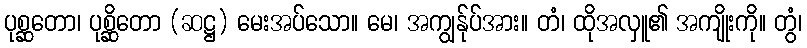
ပုစ္ဆတော၊ ပုစ္ဆိတော (ဆဋ္ဌ) မေးအပ်သော။ မေ၊ အကျွန်ုပ်အား။ တံ၊ ထိုအလှူ၏ အကျိုးကို။ တွံ၊